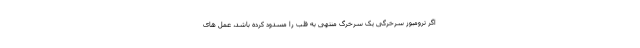
اگر ترومبوز سرخرگی یک سرخرگ منتهی به قلب را مسدود کرده باشد، عمل های